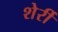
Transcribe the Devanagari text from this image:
शेर्री